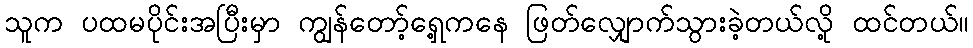
သူက ပထမပိုင်းအပြီးမှာ ကျွန်တော့်ရှေ့ကနေ ဖြတ်လျှောက်သွားခဲ့တယ်လို့ ထင်တယ်။